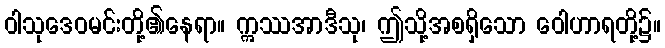
ဝါသုဒေဝမင်းတို့၏နေရာ။ ဣဿအာဒီသု၊ ဤသို့အစရှိသော ဝေါဟာရတို့၌။